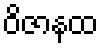
ဝိဇာနထ